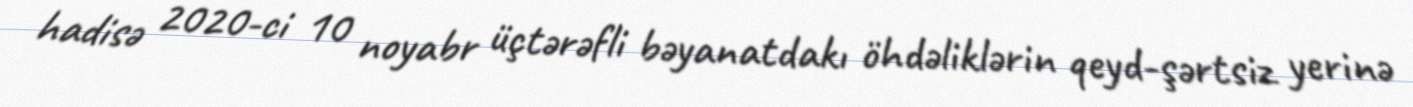
hadisə 2020-ci 10 noyabr üçtərəfli bəyanatdakı öhdəliklərin qeyd-şərtsiz yerinə